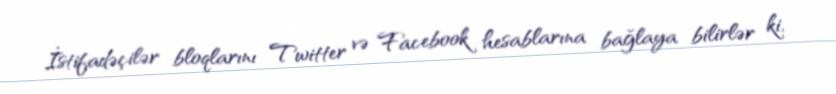
İstifadəçilər bloqlarını Twitter və Facebook hesablarına bağlaya bilirlər ki,